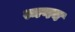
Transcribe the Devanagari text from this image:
स्मणय